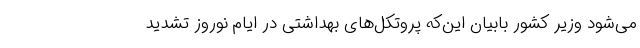
می‌شود وزیر کشور بابیان این‌که پروتکل‌های بهداشتی در ایام نوروز تشدید